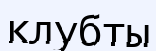
клубты